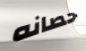
حصانه